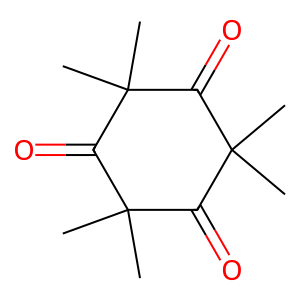
SMILES: CC1(C)C(=O)C(C)(C)C(=O)C(C)(C)C1=O
Inhibits HIV replication: No